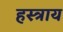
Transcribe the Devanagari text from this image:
हस्त्राय